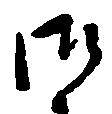
御